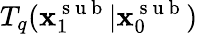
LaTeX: T_{q}(\mathbf{x}_{1}^{\mathrm{~s~u~b~}}|\mathbf{x}_{0}^{\mathrm{~s~u~b~}})